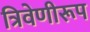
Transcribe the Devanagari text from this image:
त्रिवेणीरूप